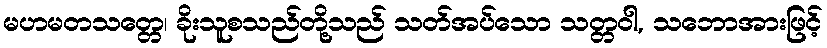
မဟမတသတ္တေ၊ ခိုးသူစသည်တို့သည် သတ်အပ်သော သတ္တဝါ, သဘောအားဖြင့်